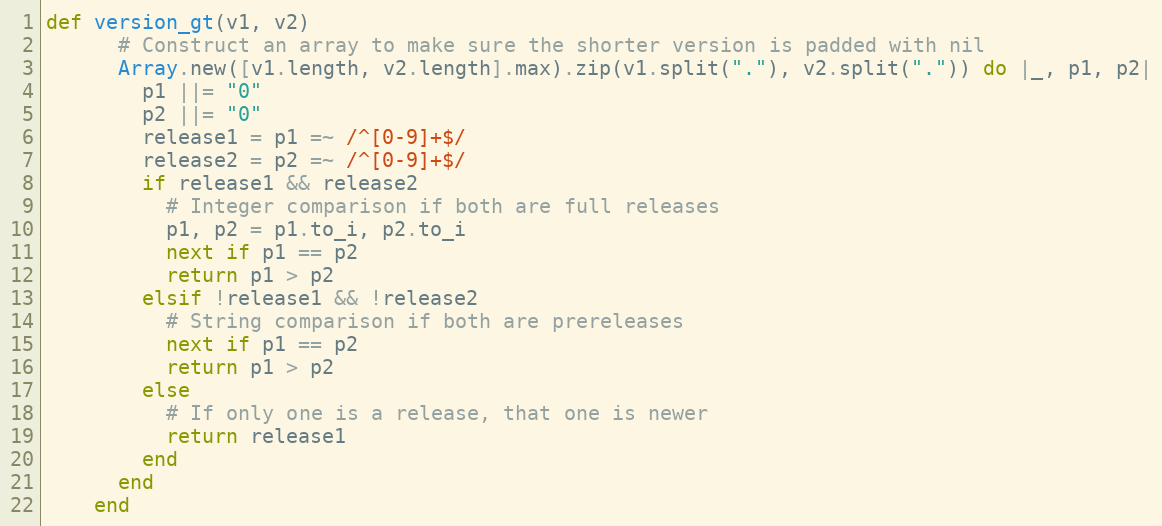
Language: Ruby
def version_gt(v1, v2)
      # Construct an array to make sure the shorter version is padded with nil
      Array.new([v1.length, v2.length].max).zip(v1.split("."), v2.split(".")) do |_, p1, p2|
        p1 ||= "0"
        p2 ||= "0"
        release1 = p1 =~ /^[0-9]+$/
        release2 = p2 =~ /^[0-9]+$/
        if release1 && release2
          # Integer comparison if both are full releases
          p1, p2 = p1.to_i, p2.to_i
          next if p1 == p2
          return p1 > p2
        elsif !release1 && !release2
          # String comparison if both are prereleases
          next if p1 == p2
          return p1 > p2
        else
          # If only one is a release, that one is newer
          return release1
        end
      end
    end